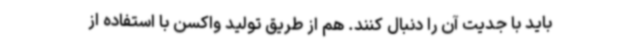
باید با جدیت آن را دنبال کنند. هم از طریق تولید واکسن با استفاده از